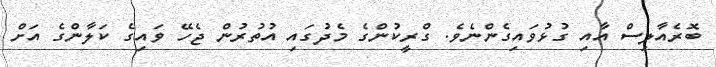
ބޮރެއާލިސް އާއި ގުޅުވައިގެންނެވެ. ގްރީކުންގެ މެދުގައި އުތުރުން ޖެހޭ ވައިގެ ކަލާންގެ އަށް